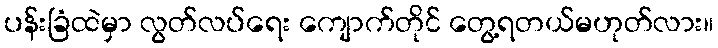
ပန်းခြံထဲမှာ လွတ်လပ်ရေး ကျောက်တိုင် တွေ့ရတယ်မဟုတ်လား။